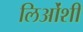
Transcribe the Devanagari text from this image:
लिओंशी